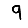
Digit: 9